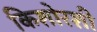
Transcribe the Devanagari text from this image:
किशोरशी